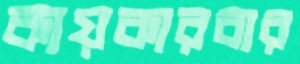
কায়কারবার